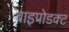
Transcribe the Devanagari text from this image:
बाइप्रोडक्ट